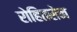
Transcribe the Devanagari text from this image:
रोहितसेन